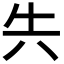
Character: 𭁆